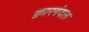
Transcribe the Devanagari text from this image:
क्वारगंदल